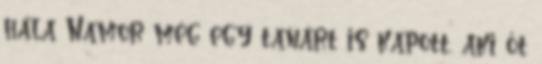
hála Namor még egy tanárt is kapott, aki őt